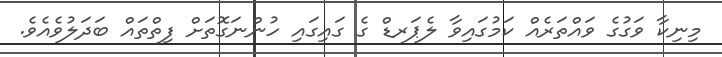
މިނިކާ ވަގުގެ ވައްތަރެއް ކަމުގައިވާ ލެޕަރޑް ގެ ގައިގައި ހުންނަގޮތަށް ފިތްތައް ބަދަލުވެއެވެ.